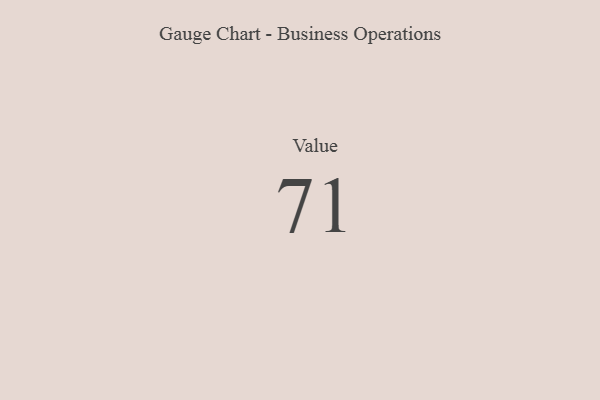
{"axis": {"x": "Metric", "y": "Value"}, "legend": [""], "data": [{"x": "Value", "y": 71, "type": ""}]}